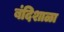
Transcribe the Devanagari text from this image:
बंदिशाळा